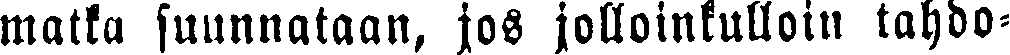
matka suunnataan, jos jolloinkulloin tahdo-